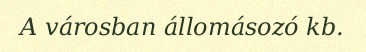
A városban állomásozó kb.